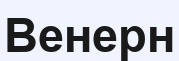
Венерн